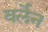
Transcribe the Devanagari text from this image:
बर्लेन